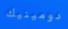
دومينيك